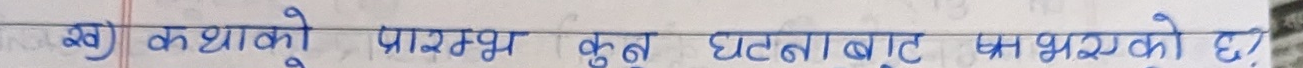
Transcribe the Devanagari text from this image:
ख) कथाको प्रारम्भ कुन घटनाबाट भएको छ ?